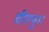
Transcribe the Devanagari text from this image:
वीरयुग